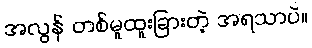
အလွန် တစ်မူထူးခြားတဲ့ အရသာပဲ။